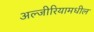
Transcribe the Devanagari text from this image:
अल्जीरियामधील